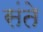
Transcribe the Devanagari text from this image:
संते